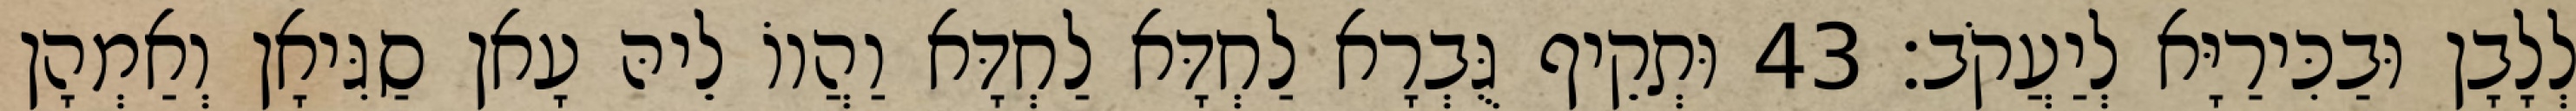
לְלָבָן וּבַכִּירַיָּא לְיַעֲקֹב׃ 43 וּתְקֵיף גֻּבְרָא לַחְדָּא לַחְדָּא וַהֲווֹ לֵיהּ עָאן סַגִּיאָן וְאַמְהָן